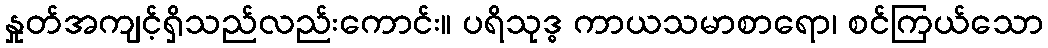
နှုတ်အကျင့်ရှိသည်လည်းကောင်း။ ပရိသုဒ္ဓ ကာယသမာစာရော၊ စင်ကြယ်သော